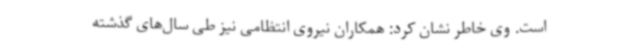
است. وی خاطر نشان کرد: همکاران نیروی انتظامی نیز طی سال‌های گذشته